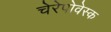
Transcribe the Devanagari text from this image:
चेरेपोवेस्क